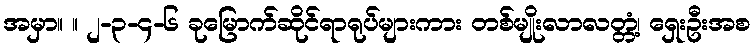
အမှာ။ ။ ၂-၃-၄-၆ ခုမြောက်ဆိုင်ရာရုပ်များကား တစ်မျိုးလာလတ္တံ့၊ ရှေးဦးအစ